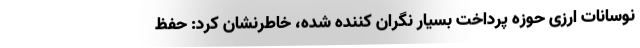
نوسانات ارزی حوزه پرداخت بسیار نگران‌ کننده شده، خاطرنشان کرد: حفظ